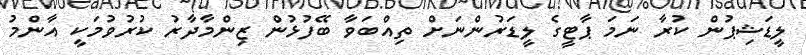
ލީޑަޝިޕުން ކުރާ ނަމަ ޕާޓީގެ ލީޑަރުންނަށް ތިއްބަވާ ބޭފުޅުން ޒިންމާދާރު ކުރުވުމަކީ އާންމު